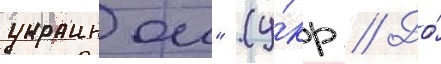
украинои" (у́кр // До́